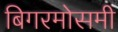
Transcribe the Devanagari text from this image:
बिगरमोसमी